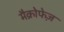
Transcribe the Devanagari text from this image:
मैक्रोफेज़